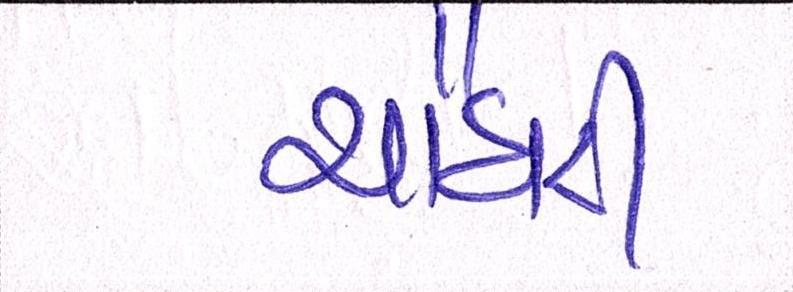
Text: ચૌધરી